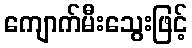
ကျောက်မီးသွေးဖြင့်